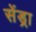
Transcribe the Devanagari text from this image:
सेंड्रा